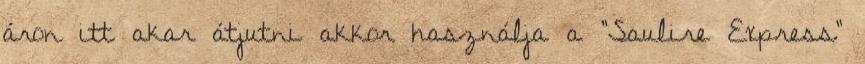
áron itt akar átjutni akkor használja a "Saulire Express"